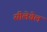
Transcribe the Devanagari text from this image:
सीलेवेल